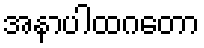
အနာပါထဂတော